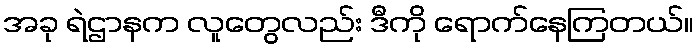
အခု ရဲဌာနက လူတွေလည်း ဒီကို ရောက်နေကြတယ်။